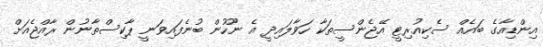
އިންޑިއާގެ ބައެއް ސެކިއުރިޓީ އޭޖެންސީތަކާ ހަވާލައިދީ އެ ނޫހުން ބުނެފައިވަނީ ޕާކިސްތާނުން ރާއްޖެއަށް